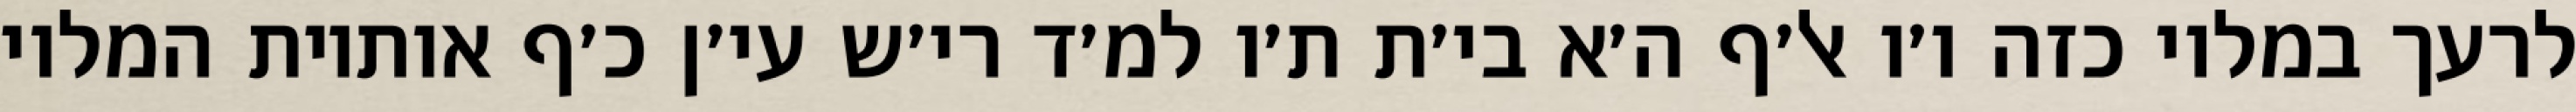
לרעך במלוי כזה ו׳ו אל׳ף ה׳א בי׳ת ת׳ו למ׳ד רי׳ש עי׳ן כ׳ף אותיות המלוי